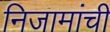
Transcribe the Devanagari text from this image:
निजामांची